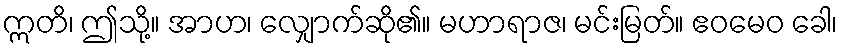
ဣတိ၊ ဤသို့။ အာဟ၊ လျှောက်ဆို၏။ မဟာရာဇ၊ မင်းမြတ်။ ဧဝမေဝ ခေါ၊